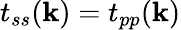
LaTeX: t_{ss}(\mathbf{k})=t_{pp}(\mathbf{k})